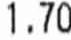
1.70